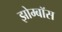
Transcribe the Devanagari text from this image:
झोम्बॉस